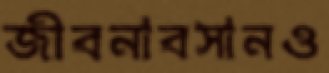
জীবনাবসানও